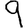
Digit: 9